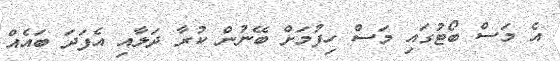
އެ މަސް ބޯޓުގައި މަސް ހިފުމަށް ބޭނުން ކުރާ ދަލާއި އެފަދަ ބައެއް